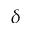
\boldsymbol { \delta }